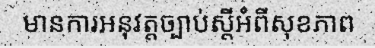
មានការអនុវត្តច្បាប់ស្តីអំពីសុខភាព